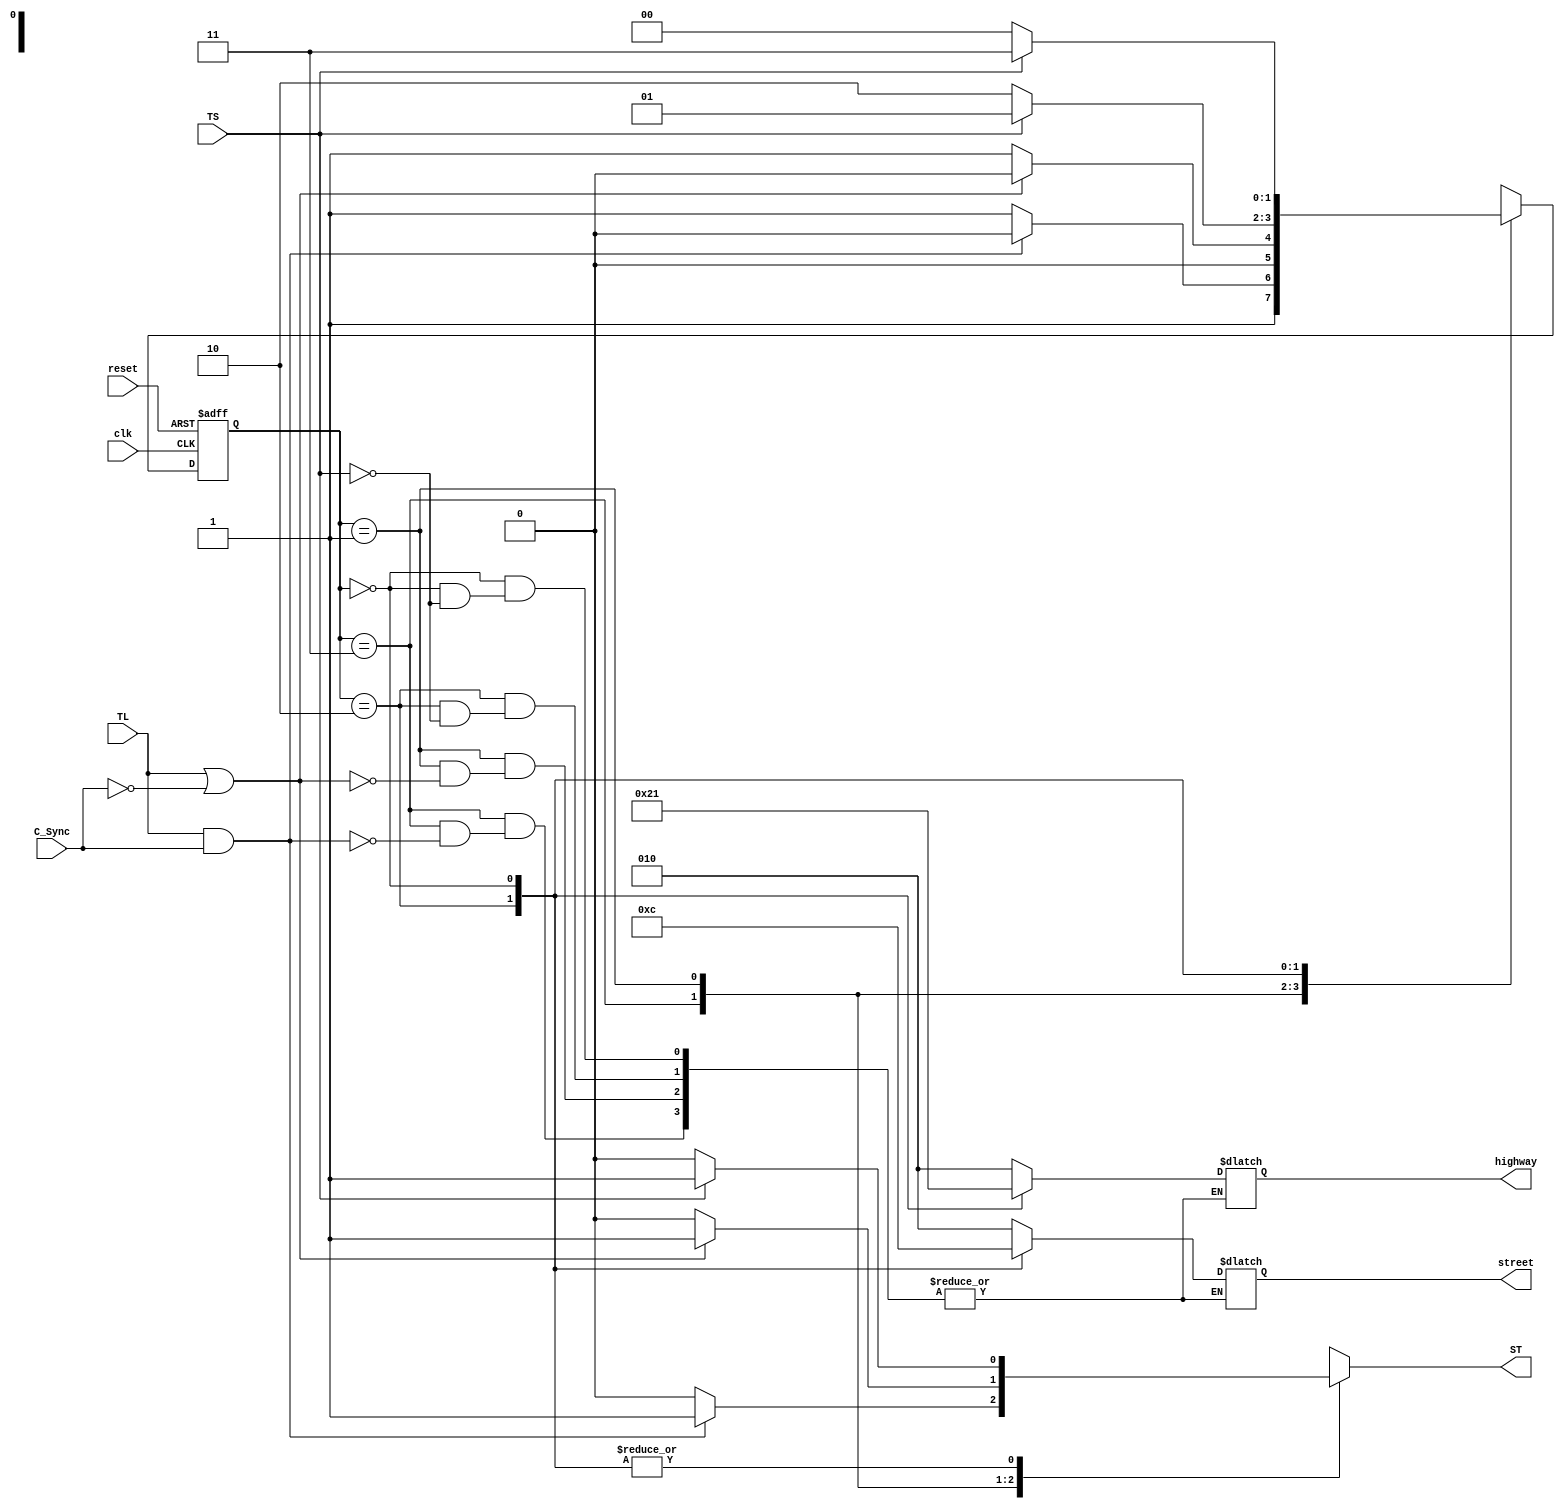
`timescale 1ns / 1ps
//////////////////////////////////////////////////////////////////////////////////
// Company: 
// Engineer: 
// 
// Design Name: 
// Module Name:    SmartTrafficLightState 
// Project Name: 
// Target Devices: 
// Tool versions: 
// Description: 
//
// Dependencies: 
//
// Revision: 
// Revision 0.01 - File Created
// Additional Comments: 
//
//////////////////////////////////////////////////////////////////////////////////
module SmartTrafficLightState(
    input clk,
    input reset,
    input TS,
    input TL,
	 input C_Sync,
    output reg ST,
    output reg [2:0] street,
    output reg [2:0] highway
    );
	 
	 parameter HG = 2'b11, SG = 2'b01, HY = 2'b10, SY = 2'b00;
	 reg [1:0] state, next; 
	 
	 initial begin
		state = HG;
		street = 3'b100;
		highway = 3'b001;
	 end
	 
	 always @ (posedge clk or posedge reset)
	 begin
		if (reset) state <= HG;
		else state <= next;
	 end
	 
	 always @ (*)
	 begin
		ST = 1'b0;
		case (state)
		HG:
			if (TL == 1'b1 && C_Sync == 1'b1) begin
				next = HY;
				street = 3'b010;
				highway = 3'b010;
				ST = 1'b1;
			end
			else next = HG;
		SG : 
			if (TL == 1'b1 || C_Sync == 1'b0) begin
				next = SY;
				street = 3'b010;
				highway = 3'b010;
				ST = 1'b1;
			end
			else next = SG;
		HY:
			if (TS == 1'b1) begin
				next = SG;
				street = 3'b001;
				highway = 3'b100;				
				ST = 1'b1;
			end
			else next = HY;
		SY:
			if (TS == 1'b1) begin
				next = HG;
				street = 3'b100;
				highway = 3'b001;
				ST = 1'b1;
			end
			else next = SY;
		endcase
	 end

endmodule